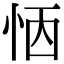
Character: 𢙖